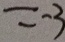
= - 3